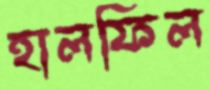
হালফিল